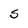
Character: 5